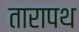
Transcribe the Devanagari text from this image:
तारापथ